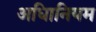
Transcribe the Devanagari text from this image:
अधिानियम